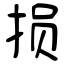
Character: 损